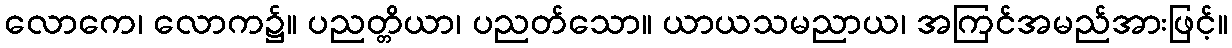
လောကေ၊ လောက၌။ ပညတ္တိယာ၊ ပညတ်သော။ ယာယသမညာယ၊ အကြင်အမည်အားဖြင့်။